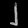
Digit: ၂